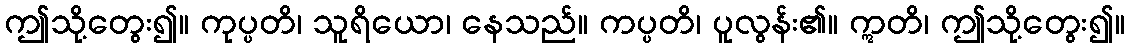
ဤသို့တွေး၍။ ကုပ္ပတိ၊ သူရိယော၊ နေသည်။ ကပ္ပတိ၊ ပူလွန်း၏။ ဣတိ၊ ဤသို့တွေး၍။